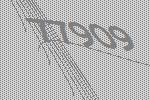
77909